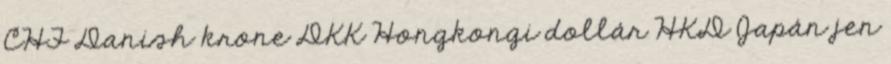
CHF Danish krone DKK Hongkongi dollár HKD Japán jen